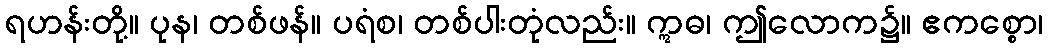
ရဟန်းတို့။ ပုန၊ တစ်ဖန်။ ပရံစ၊ တစ်ပါးတုံလည်း။ ဣဓ၊ ဤလောက၌။ ဧကစ္စော၊